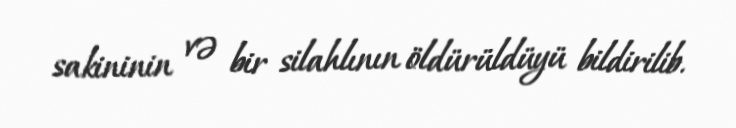
sakininin və bir silahlının öldürüldüyü bildirilib.